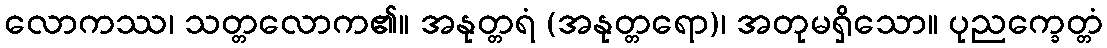
လောကဿ၊ သတ္တလောက၏။ အနုတ္တရံ (အနုတ္တရော)၊ အတုမရှိသော။ ပုညက္ခေတ္တံ